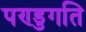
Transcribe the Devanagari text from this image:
पण्डुगति